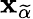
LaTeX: \mathbf{x}_{\widetilde{\alpha}}